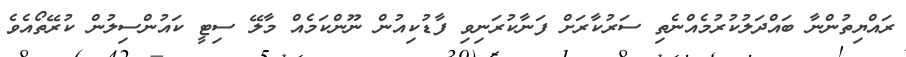
ރައްޔިތުންނާ ބައްދަލުކުރުމެއްނެތި ސަރުކާރަށް ފަނާކުރަނިވި ފާޑުކިއުން ނޫންކަމެއް މާލޭ ސިޓީ ކައުންސިލުން ކުރޭތޯއެވެ